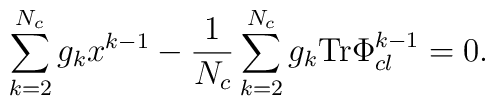
\sum_{k=2}^{N_c} g_{k}x^{k-1}-\frac{1}{N_{c}}\sum_{k=2}^{N_c}g_{k} {\rm Tr}\Phi_{cl}^{k-1}=0.